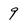
Character: 9